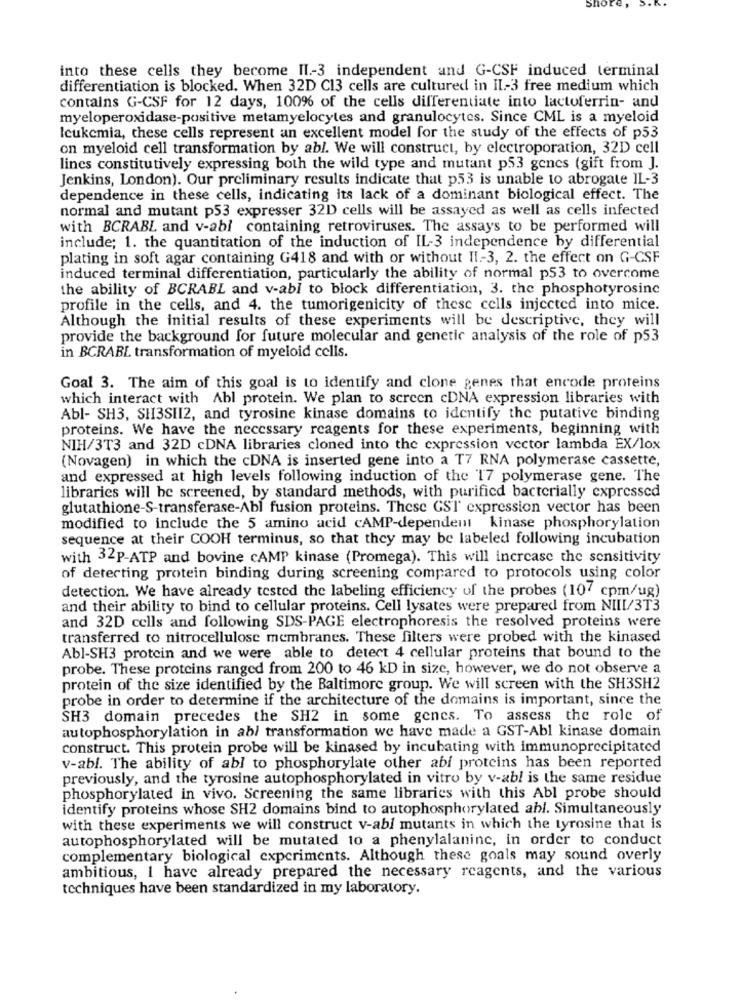
Shore,
into these cells they become II .- 3 independent and G-CSF induced terminal
differentiation is blocked. When 32D C13 cells are cultured in IL-3 free medium which
contains G-CSF for 12 days, 100% of the cells differentiate into lactoferrin- and
myeloperoxidase-positive metamyelocytes and granulocytes. Since CML is a myeloid
Icukemia, these cells represent an excellent model for the study of the effects of p53
on myeloid cell transformation by abl. We will construct, by electroporation, 32D cell
lines constitutively expressing both the wild type and mutant p53 genes (gift from J.
Jenkins, London). Our preliminary results indicate that p53 is unable to abrogate IL-3
dependence in these cells, indicating its lack of a dominant biological effect. The
normal and mutant p53 expresser 32D cells will be assayed as well as cells infected
with BCRABL and v-abl containing retroviruses. The assays to be performed will
include; 1. the quantitation of the induction of IL-3 independence by differential
plating in soft agar containing G418 and with or without II .- 3, 2. the effect on G-CSF
induced terminal differentiation, particularly the ability of normal p53 to overcome
the ability of BCRABL and v-abl to block differentiation, 3. the phosphotyrosine
profile in the cells, and 4. the tumorigenicity of these cells injected into mice.
Although the initial results of these experiments will be descriptive, they will
provide the background for future molecular and genetic analysis of the role of p53
in BCRABL transformation of myeloid cells.
Goal 3. The aim of this goal is to identify and clone genes that encode proteins
which interact with Abl protein. We plan to screen cDNA expression libraries with
Abl- SH3, SH3SHI2, and tyrosine kinase domains to identify the putative binding
proteins. We have the necessary reagents for these experiments, beginning with
NIH/3T3 and 32D cDNA libraries cloned into the expression vector lambda EX/lox
(Novagen) in which the cDNA is inserted gene into a T7 RNA polymerase cassette,
and expressed at high levels following induction of the 17 polymerase gene. The
libraries will be screened, by standard methods, with purified bacterially expressed
glutathione-S-transferase-Abl fusion proteins. These GST expression vector has been
modified to include the 5 amino acid cAMP-dependent kinase phosphorylation
sequence at their COOH terminus, so that they may be labeled following incubation
with 32p-ATP and bovine cAMP kinase (Promega). This will increase the sensitivity
of detecting protein binding during screening compared to protocols using color
detection. We have already tested the labeling efficiency of the probes (107 cpm/ug)
and their ability to bind to cellular proteins. Cell lysates were prepared from NIII/3T3
and 32D cells and following SDS-PAGE electrophoresis the resolved proteins were
transferred to nitrocellulose membranes. These filters were probed with the kinased
Abl-SH3 protein and we were able to detect 4 cellular proteins that bound to the
probe. These proteins ranged from 200 to 46 kD in size, however, we do not observe a
protein of the size identified by the Baltimore group. We will screen with the SH3SH2
probe in order to determine if the architecture of the domains is important, since the
SH3 domain precedes the SH2 in some genes. To assess the role of
autophosphorylation in abl transformation we have made a GST-Abl kinase domain
construct. This protein probe will be kinased by incubating with immunoprecipitated
v-abl. The ability of abl to phosphorylate other abi proteins has been reported
previously, and the tyrosine autophosphorylated in vitro by v-abl is the same residue
phosphorylated in vivo. Screening the same libraries with this Abl probe should
identify proteins whose SH2 domains bind to autophosphorylated abl. Simultaneously
with these experiments we will construct v-abl mutants in which the tyrosine that is
autophosphorylated will be mutated to a phenylalanine, in order to conduct
complementary biological experiments. Although these goals may sound overly
ambitious, I have already prepared the necessary reagents, and the various
techniques have been standardized in my laboratory.